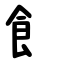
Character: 飠